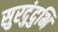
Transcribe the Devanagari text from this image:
सुरदुंदुभि